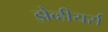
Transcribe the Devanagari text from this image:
झेव्हीयर्स